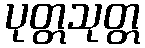
ပုတ္တသုတ္တ